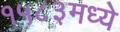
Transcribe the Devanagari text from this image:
१५८३मध्ये